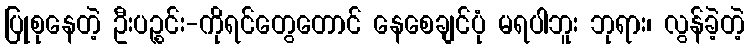
ပြုစုနေတဲ့ ဦးပဉ္စင်း-ကိုရင်တွေတောင် နေစေချင်ပုံ မရပါဘူး ဘုရား၊ လွန်ခဲ့တဲ့